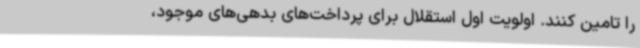
را تامین کنند. اولویت اول استقلال برای پرداخت‌های بدهی‌های موجود،